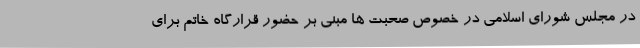
در مجلس شورای اسلامی در خصوص صحبت ها مبنی بر حضور قرارگاه خاتم برای